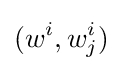
(w^{i},w_{j}^{i})